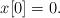
LaTeX: \begin{align*}x[0]=0.\end{align*}